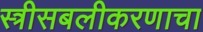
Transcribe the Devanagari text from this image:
स्त्रीसबलीकरणाचा